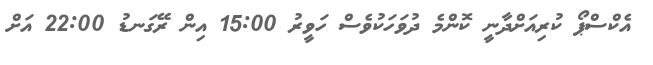
އެކްސްޕޯ ކުރިއަށްދާނީ ކޮންމެ ދުވަހަކުވެސް ހަވީރު 15:00 އިން ރޭގަނޑު 22:00 އަށް